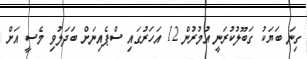
ގިނަ ބަޔަކު ގަބޫލުކުރަނީ އުމުރުން 12 އަހަރުގައި ސްޕެއިނަށް ބަދަލުވި މެސީ އަށް